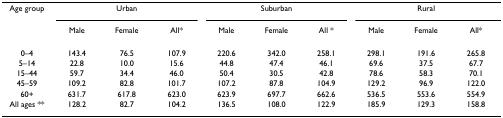
<table><thead><tr><td><b>Age group</b></td><td colspan="3"><b>Urban</b></td><td colspan="3"><b>Suburban</b></td><td colspan="3"><b>Rural</b></td></tr><tr><td></td><td><b>Male</b></td><td><b>Female</b></td><td><b>All*</b></td><td><b>Male</b></td><td><b>Female</b></td><td><b>All *</b></td><td><b>Male</b></td><td><b>Female</b></td><td><b>All*</b></td></tr></thead><tbody><tr><td>0–4</td><td>143.4</td><td>76.5</td><td>107.9</td><td>220.6</td><td>342.0</td><td>258.1</td><td>298.1</td><td>191.6</td><td>265.8</td></tr><tr><td>5–14</td><td>22.8</td><td>10.0</td><td>15.6</td><td>44.8</td><td>47.4</td><td>46.1</td><td>69.6</td><td>37.5</td><td>67.7</td></tr><tr><td>15–44</td><td>59.7</td><td>34.4</td><td>46.0</td><td>50.4</td><td>30.5</td><td>42.8</td><td>78.6</td><td>58.3</td><td>70.1</td></tr><tr><td>45–59</td><td>109.2</td><td>82.8</td><td>101.7</td><td>107.2</td><td>87.8</td><td>104.9</td><td>129.2</td><td>96.9</td><td>122.0</td></tr><tr><td>60+</td><td>631.7</td><td>617.8</td><td>623.0</td><td>623.9</td><td>697.7</td><td>662.6</td><td>536.5</td><td>553.6</td><td>554.9</td></tr><tr><td>All ages **</td><td>128.2</td><td>82.7</td><td>104.2</td><td>136.5</td><td>108.0</td><td>122.9</td><td>185.9</td><td>129.3</td><td>158.8</td></tr></tbody></table>